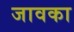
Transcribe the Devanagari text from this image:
जावका